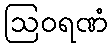
ဩဝရဏံ